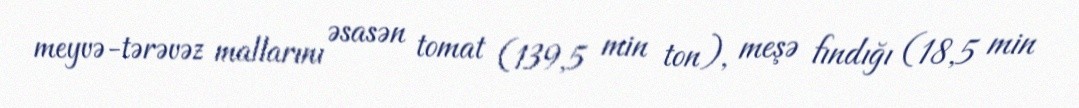
meyvə-tərəvəz mallarını əsasən tomat (139,5 min ton), meşə fındığı (18,5 min